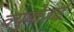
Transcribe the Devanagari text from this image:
क्युबोज़ोई